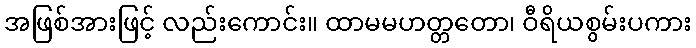
အဖြစ်အားဖြင့် လည်းကောင်း။ ထာမမဟတ္တတော၊ ဝီရိယစွမ်းပကား